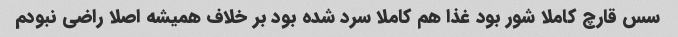
سس قارچ کاملا شور بود غذا هم کاملا سرد شده بود بر خلاف همیشه اصلا راضی نبودم